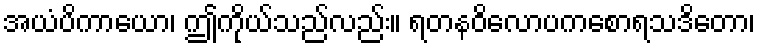
အယံပိကာယော၊ ဤကိုယ်သည်လည်း။ ရတနဝိလောပကစောရသဒိတော၊